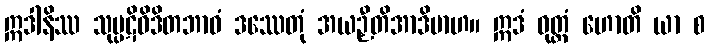
ဣဒါနိဿ သုပ္ပဋိဝိဒိတဘာဝံ ဒဿေတုံ အယဉှီတိအာဒိမာဟ။ ဣဒံ ဝုတ္တံ ဟောတိ ယာ စ